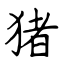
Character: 猪